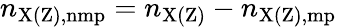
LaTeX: n_{\mathrm{X(Z),nmp}}=n_{\mathrm{X(Z)}}-n_{\mathrm{X(Z),mp}}